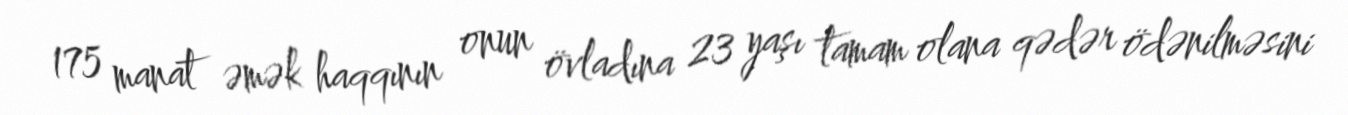
175 manat əmək haqqının onun övladına 23 yaşı tamam olana qədər ödənilməsini